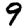
Digit: 9